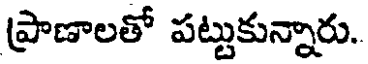
ప్రాణాలతో పట్టుకున్నారు.